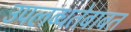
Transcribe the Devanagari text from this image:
उपलब्धतेबाबत